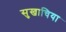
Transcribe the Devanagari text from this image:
सुखाचिया